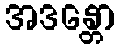
အဒန္တော